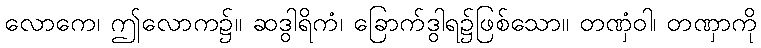
လောကေ၊ ဤလောက၌။ ဆဒွါရိကံ၊ ခြောက်ဒွါရ၌ဖြစ်သော။ တဏှံဝါ၊ တဏှာကို